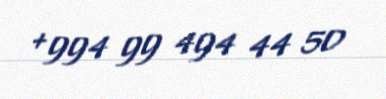
+994 99 494 44 50